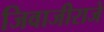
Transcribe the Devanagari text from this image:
जिवाजीराजे